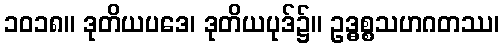
၁၀၁၈။ ဒုတိယပဒေ၊ ဒုတိယပုဒ်၌။ ဥဒ္ဓစ္စသဟဂတဿ၊